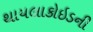
થાયલાકોઇડની